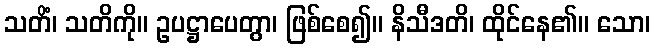
သတိံ၊ သတိကို။ ဥပဋ္ဌာပေတွာ၊ ဖြစ်စေ၍။ နိသီဒတိ၊ ထိုင်နေ၏။ သော၊